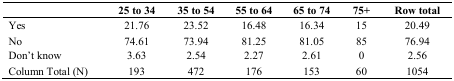
<table><thead><tr><td></td><td><b>25 to 34</b></td><td><b>35 to 54</b></td><td><b>55 to 64</b></td><td><b>65 to 74</b></td><td><b>75+</b></td><td><b>Row total</b></td></tr></thead><tbody><tr><td>Yes</td><td>21.76</td><td>23.52</td><td>16.48</td><td>16.34</td><td>15</td><td>20.49</td></tr><tr><td>No</td><td>74.61</td><td>73.94</td><td>81.25</td><td>81.05</td><td>85</td><td>76.94</td></tr><tr><td>Don’t know</td><td>3.63</td><td>2.54</td><td>2.27</td><td>2.61</td><td>0</td><td>2.56</td></tr><tr><td>Column Total (N)</td><td>193</td><td>472</td><td>176</td><td>153</td><td>60</td><td>1054</td></tr></tbody></table>